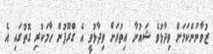
ޒުވާނުންކަމަށް ވިދާޅުވެ ޝައުނާ އިތުރަށް ވިދާޅުވީ އެ ގްރޫޕުން ހާމަކުރި ގޮތުގައި އެ